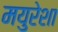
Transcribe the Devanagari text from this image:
मयुरेशा